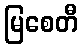
မြစေတီ